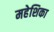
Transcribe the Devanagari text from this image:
महेशिका